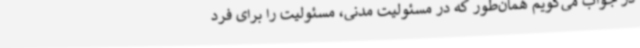
در جواب می‌گویم همان‌طور که در مسئولیت مدنی، مسئولیت را برای فرد